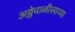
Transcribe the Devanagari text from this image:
अठ्ठेचाळीसाव्या